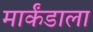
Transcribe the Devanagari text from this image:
मार्कंडाला